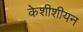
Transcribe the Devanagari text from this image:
केशीशीयन